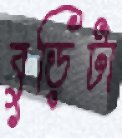
বুড়িটা